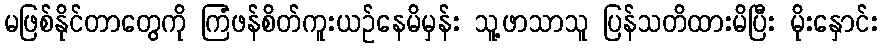
မဖြစ်နိုင်တာတွေကို ကြံဖန်စိတ်ကူးယဉ်နေမိမှန်း သူ့ဖာသာသူ ပြန်သတိထားမိပြီး မိုးနှောင်း